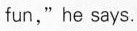
fun," he says.